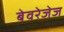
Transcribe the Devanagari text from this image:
बेवरेजेज